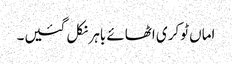
اماں ٹوکری اٹھائے باہر نکل گئیں۔